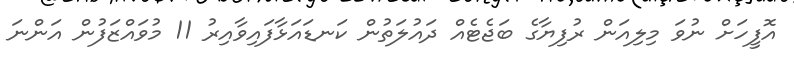
އޮފީހަށް ނުވަ މިލިއަން ރުފިޔާގެ ބަޖެޓެއް ދައުލަތުން ކަނޑައަޅާފައިވާއިރު 11 މުވައްޒަފުން އަންނަ